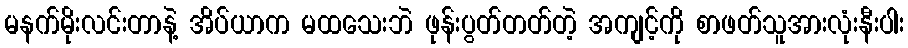
မနက်မိုးလင်းတာနဲ့ အိပ်ယာက မထသေးဘဲ ဖုန်းပွတ်တတ်တဲ့ အကျင့်ကို စာဖတ်သူအားလုံးနီးပါး